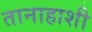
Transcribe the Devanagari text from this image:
तानाहाशी